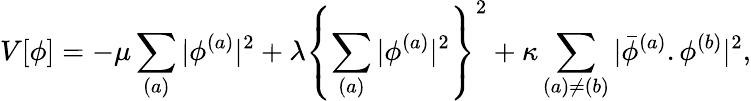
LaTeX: V[\phi]=-\mu\sum_{(a)}|\phi^{(a)}|^{2}+\lambda\left\{ \sum_{(a)}|\phi^{(a)}|^{2}\right\} ^{2}+\kappa\sum_{(a)\neq(b)}|\bar{\phi}^{(a)}.\phi^{(b)}|^{2},